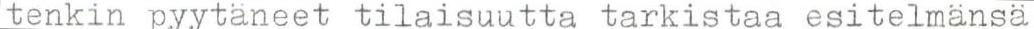
tenkin pyytäneet tilaisuutta tarkistaa esitelmänsä